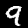
Digit: 9